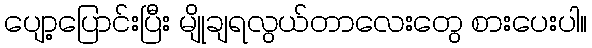
ပျော့ပြောင်းပြီး မျိုချရလွယ်တာလေးတွေ စားပေးပါ။